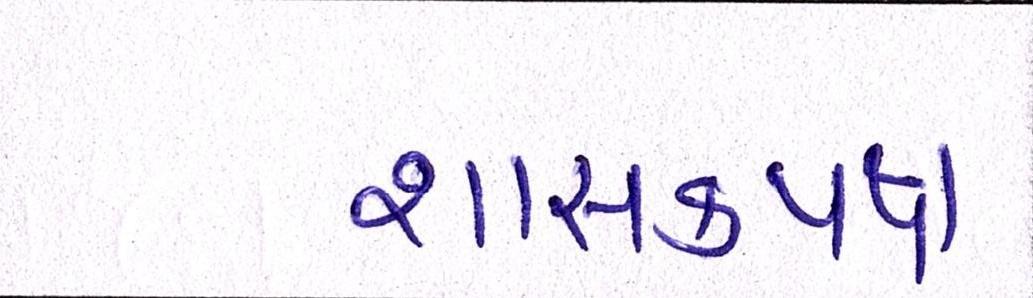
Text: શાસકપક્ષ